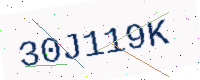
Text: 30J119K